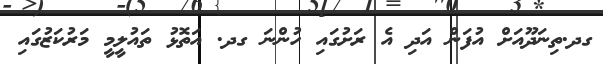
ގދ.ތިނަދޫއަށް އުފަން އަދި އެ ރަށުގައި ހުންނަ ގދ. އަތޮޅު ތައުލީމީ މަރުކަޒުގައި